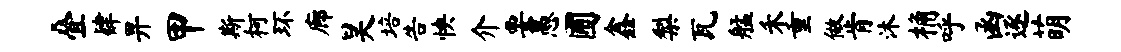
叠肄畀甲斯柯环廊昊培告怏介要愚圃鑫梨瓦艋禾重做肯沐桷呼函逐萌